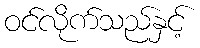
ဝင်လိုက်သည်နှင့်